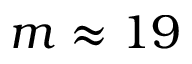
m \approx 1 9